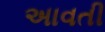
અાવતી